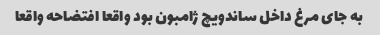
به جای مرغ داخل ساندویچ ژامبون بود واقعا افتضاحه واقعا